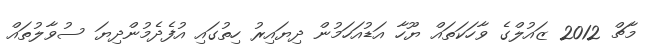
މާޗް 2012 ޒައުލްގެ ވާހަކަތައް ޔޫހާ އަޑުއަހަމުން ދިޔައިރު ހިތުގައި އުފެދެމުންދިޔަ ސުވާލުތައް